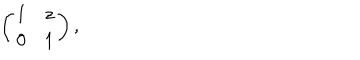
\left( \begin{array} { c c } { { 1 } } & { { z } } \\ { { 0 } } & { { 1 } } \\ \end{array} \right) ,